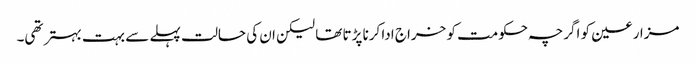
مزارعین کو اگرچہ حکومت کو خراج ادا کرنا پڑتا تھا لیکن ان کی حالت پہلے سے بہت بہتر تھی۔